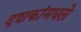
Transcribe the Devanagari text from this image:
दशकांमधले